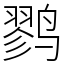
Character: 鹨